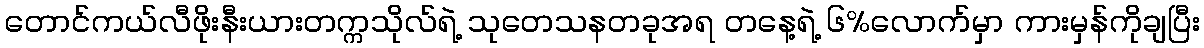
တောင်ကယ်လီဖိုးနီးယားတက္ကသိုလ်ရဲ့ သုတေသနတခုအရ တနေ့ရဲ့ ၆%လောက်မှာ ကားမှန်ကိုချပြီး